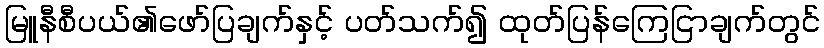
မြူနီစီပယ်၏ဖော်ပြချက်နှင့် ပတ်သက်၍ ထုတ်ပြန်ကြေငြာချက်တွင်